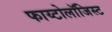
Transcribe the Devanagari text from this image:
फाय्टोलॉजिस्ट